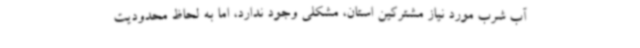
آب شرب مورد نیاز مشترکین استان، مشکلی وجود ندارد، اما به لحاظ محدودیت